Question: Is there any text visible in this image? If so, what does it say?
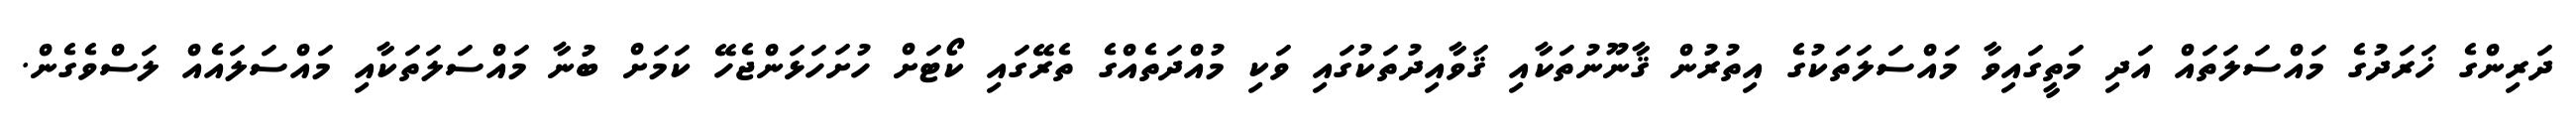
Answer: ދަރިންގެ ޚަރަދުގެ މައްސަލަތައް އަދި މަތީގައިވާ މައްސަލަތަކުގެ އިތުރުން ޤާނޫނުތަކާއި ޤަވާއިދުތަކުގައި ވަކި މުއްދަތެއްގެ ތެރޭގައި ކޯޓަށް ހުށަހަޅަންޖެހޭ ކަމަށް ބުނާ މައްސަލަތަކާއި މައްސަލައެއް ލަސްވެގެން.